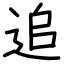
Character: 追